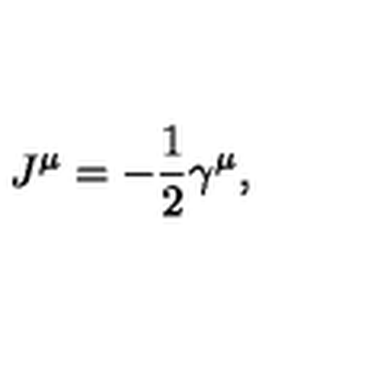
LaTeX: J ^ { \mu } = - \frac { 1 } { 2 } \gamma ^ { \mu } ,